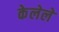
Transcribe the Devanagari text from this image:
केेलेले